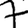
Digit: 7